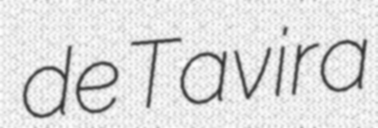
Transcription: de Tavira